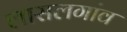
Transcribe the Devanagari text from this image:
लासलगांव